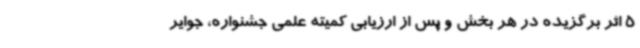
5 اثر برگزیده در هر بخش و پس از ارزیابی کمیته علمی جشنواره، جوایر